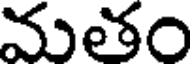
మతం